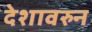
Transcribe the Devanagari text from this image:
देशावरुन